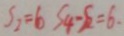
S _ { 2 } = 6 S _ { 4 } - S _ { 2 } = 6 .